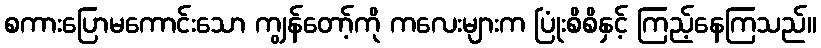
စကားပြောမကောင်းသော ကျွန်တော့်ကို ကလေးများက ပြုံးစိစိနှင့် ကြည့်နေကြသည်။